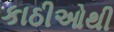
કાઠીઓથી